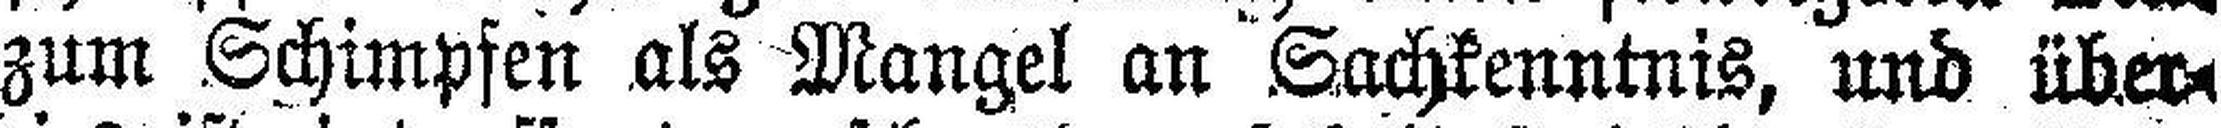
zum Schimpfen als Mangel an Sachkenntnis, und über¬